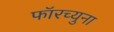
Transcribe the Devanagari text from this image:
फॉरच्युना